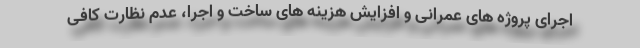
اجرای پروژه های عمرانی و افزایش هزینه های ساخت و اجرا، عدم نظارت کافی